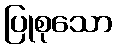
ပြုစုသော